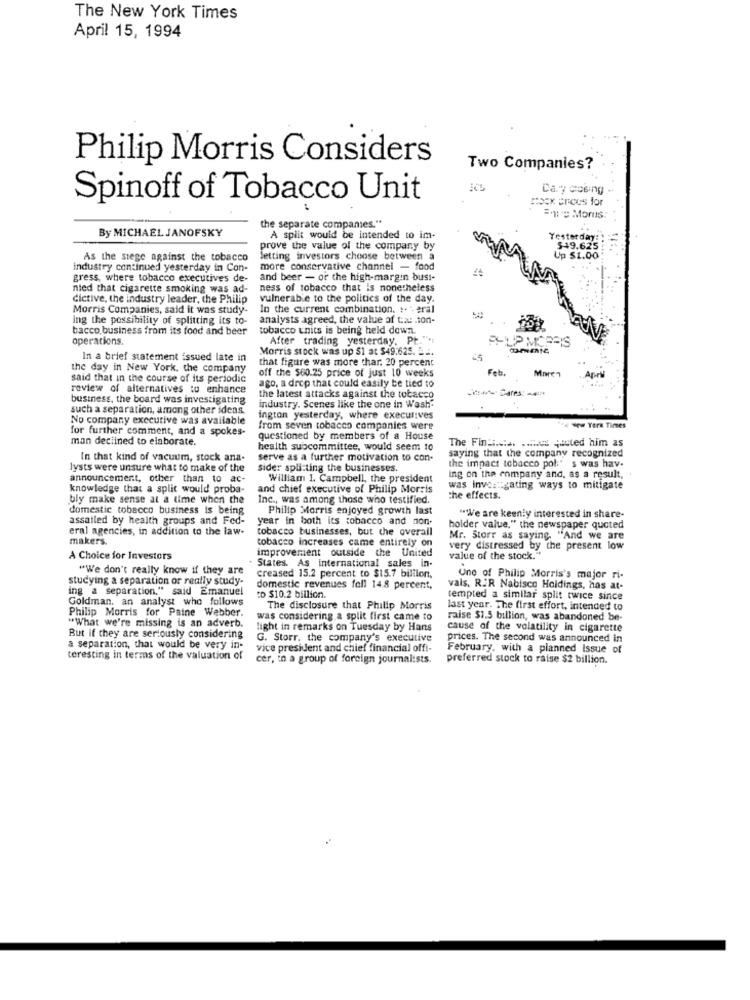
The New York Times
April 15, 1994
Philip Morris Considers
Two Companies?
Day cosing
Spinoff of Tobacco Unit
mocx crees for
Ente Moms:
By MICHAEL JANOFSKY
the separate companies."
A split would be intended to im-
Yesterday:
prove the value of the company by
$19.625
As the stege against the tobacco
letting investors choose between a
Up $1.00
industry continued yesterday in Con-
more conservative channel - food
gress, where tobacco executives de-
gress, where tobacco executives de- and beer - or the high-margin buss-
and beer - or the high-margin busı-
nied that cigarette smoking was ad-
ness of tobacco that is nonetheless
dictive, the industry leader, the Philip
vulnerable to the politics of the day.
Morris Companies, said it was study-
In the current combination. :. "-eral
ing the possibility of splitting its to-
analysts agreed, the value of tat .ton-
bacco business from its food and beer
tobacco units is being held down.
operations.
After trading yesterday. Pt.
SHUP MORRIS
Morris stock was up $1 at $49:625. 2 ...
In a brief statement issued late in
that figure was more char. 20 percent
65
the day in New York, the company
off the $60.25 price of just 10 weeks
Feb.
said that in the course of its periodic
ago, a drop that could easily be tied to
review of alternatives to enhance
business, the board was investigating
the latest attacks against the tobacco
such a separation, among other ideas.
industry. Scenes like the one in Wash"
No company executive was available
ington yesterday, where executives
for further comment, and a spokes-
from seven tobacco companies were
- Tera Times
man declined to elaborate.
questioned by members of a House
The Fin ....... .... es usted him as
health subcommittee, would seem to
saying that the company recognized
In that kind of vacuum, stock ana-
serve as a further motivation to con-
the impact tobacco pol:' s was hav-
ysts were unsure what to make of the
sider splitting the businesses.
announcement, other than to a
William 1. Campbell, the president
ing on the company and, as a result,
knowledge that a split would proba-
and chief executive of Philip Morris
was investigating ways to mitigate
bly make sense at a time when the
Inc ., was among those who testified.
the effects.
domestic tobacco business is being
Philip Morris enjoyed growth last
assailed by health groups and Fed-
year in both its tobacco and non-
"We are keenly interested in share-
eral agencies, in addition to the law-
tobacco businesses, but the overall
holder value," the newspaper quoted
makers
tobacco increases came entirely on
Mr. Storr as saying. "And we are
improvement outside the United
very distressed by the present low
A Choice for Investors
States. As international sales in-
value of the stock.
"We don't really know if they are
studying a separation or really study-
creased 15.2 percent to $15.7 billion,
Une of Philip Morris's major ri-
ing a separation," said Emanuel
domestic revenues fell 14.8 percent,
vais. RIR Nabisco Holdings, has at-
Goldman, an analyst who follows
to $10.2 billion.
tempted a similar split twice since
Philip Morris for Paine Webber.
The disclosure that Philip Morris
last year. The first effort, intended to
was considering a split first came to
raise $1.5 billion, was abandoned be-
"What we're missing is an adverb.
light in remarks on Tuesday by Hans
cause of the volatility in cigarette
But if they are seriously considering
G. Storr. the company's executive
prices. The second was announced in
a separation, that would be very in-
vice president and chief financial off !-
February, with a planned Issue of
teresting in terms of the valuation of
cer, in a group of foreign journalists.
preferred stock to raise $2 billion.